画像に写った文字を読んでください
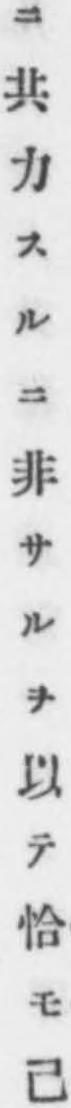
「ニ共力スルニ非サルヲ以テ恰モ己」と書いてあります